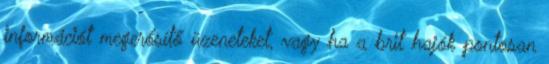
információt megerősítő üzeneteket, vagy ha a brit hajók pontosan